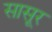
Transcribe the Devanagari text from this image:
सासूर